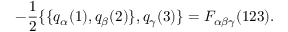
- \frac { 1 } { 2 } \{ \{ q _ { \alpha } ( 1 ) , q _ { \beta } ( 2 ) \} , q _ { \gamma } ( 3 ) \} = F _ { \alpha \beta \gamma } ( 1 2 3 ) .